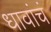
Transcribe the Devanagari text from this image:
धावांचं